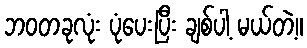
ဘဝတခုလုံး ပုံပေးပြီး ချစ်ပါ့ မယ်တဲ့။